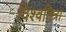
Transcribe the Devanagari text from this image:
विश्वमित्रा